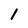
Character: 1